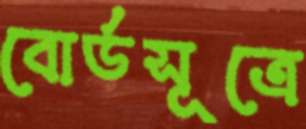
বোর্ডসূত্রে